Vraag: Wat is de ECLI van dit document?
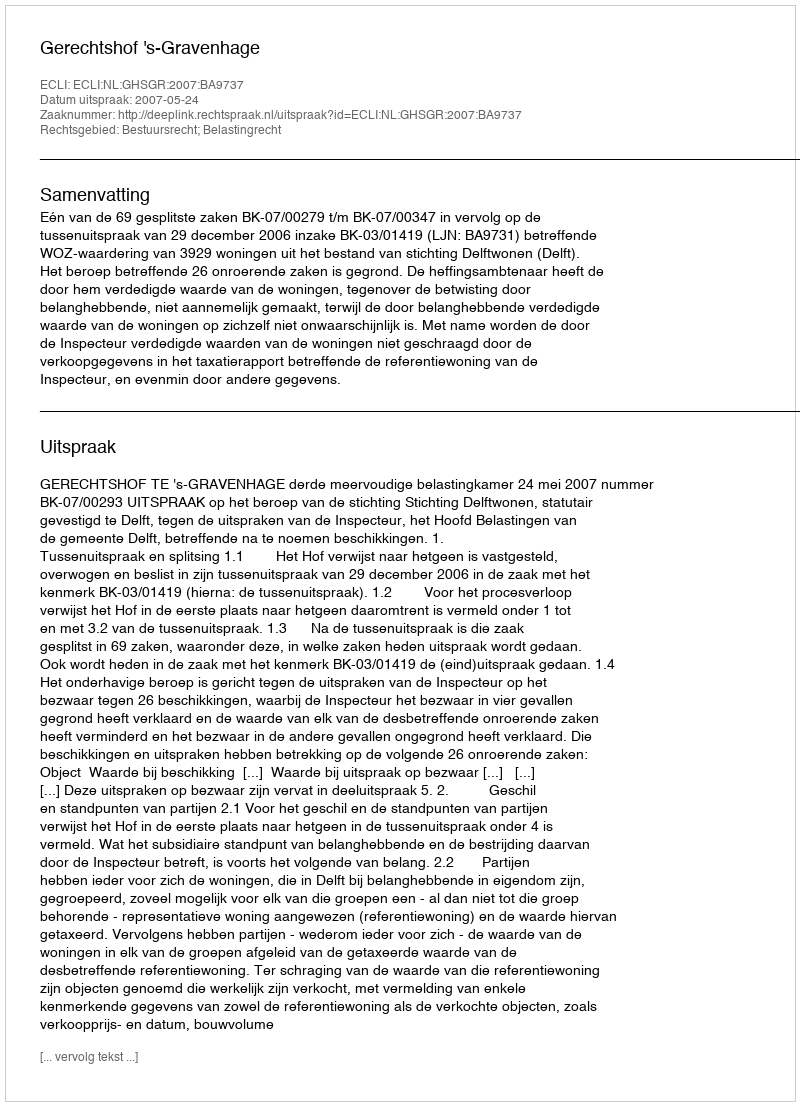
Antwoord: ECLI:NL:GHSGR:2007:BA9737